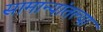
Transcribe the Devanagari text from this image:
सामान्यांतल्या